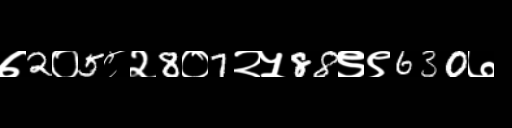
Text: ७2०5८२8०7२५88९९630७